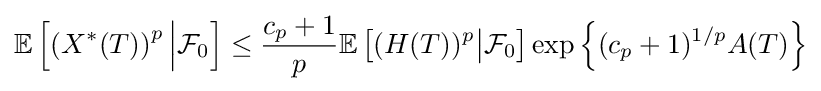
\mathbb {E} \left[\left(X^{*}(T)\right)^{p}{\Big \vert }{\mathcal {F}}_{0}\right]\leq {\frac {c_{p}+1}{p}}\mathbb {E} \left[(H(T))^{p}{\big \vert }{\mathcal {F}}_{0}\right]\exp \left\lbrace (c_{p}+1)^{1/p}A(T)\right\rbrace